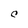
Character: C